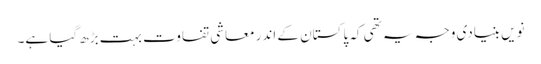
نویں بنیادی وجہ یہ تھی کہ پاکستان کے اندر معاشی تفاوت بہت بڑھ گیا ہے۔